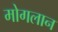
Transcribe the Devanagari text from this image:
मोगलान